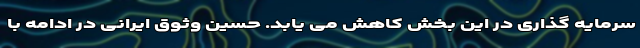
سرمایه گذاری در این بخش کاهش می یابد. حسین وثوق ایرانی در ادامه با